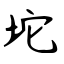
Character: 坨